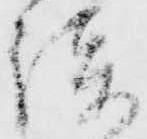
談